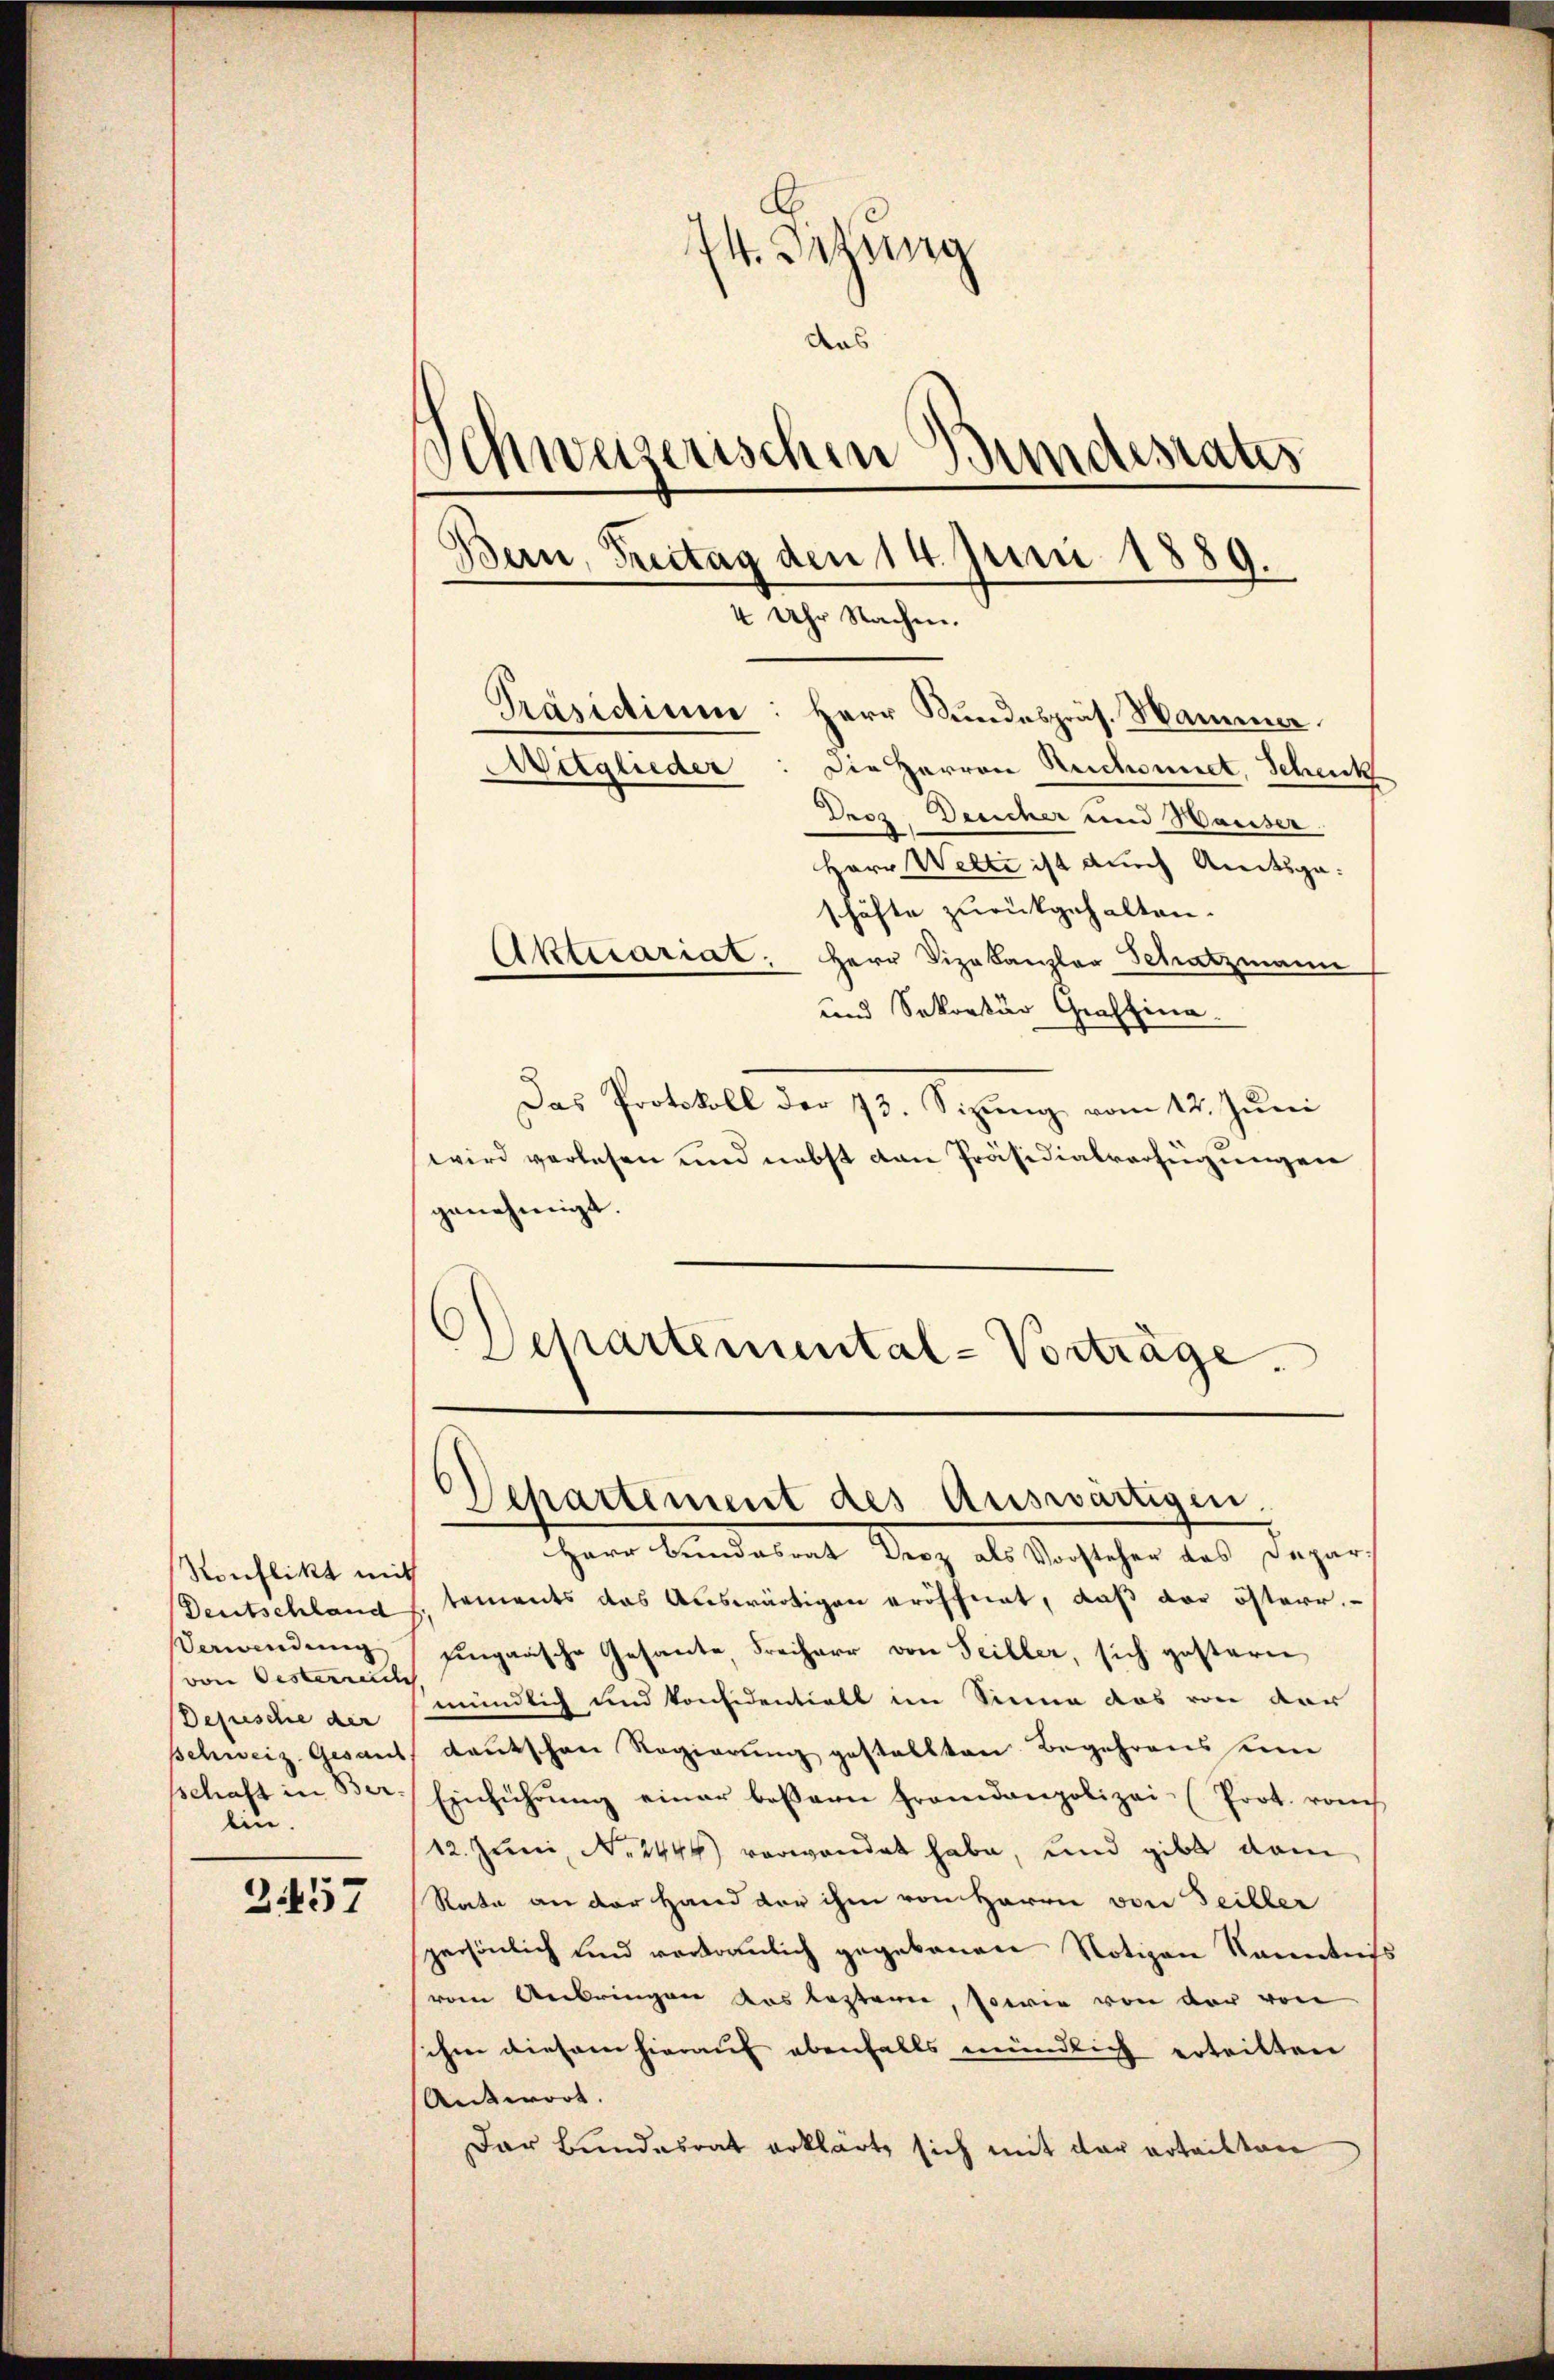
Ronflikt mit
Verwendung
von Oesterrente
Depeschie der
ein.

3457

44. Sitzung
das
Schweizerischen Bundesrates
Bern, Freitag den 14. Juni 1889.
4 Uhr Nachen.

Mitglieder

Präsidium: Herr Kundespräs. Hammer
Die Herren Reichennet, Schenk
Droz. Deucher und Hauser.
Herr Welti ist durch Amtsge-
schäfte zurückgehalten.
Aktuariat. Herr Vizekanzler Schatzmann
und Sokorter Graffina.
2
Das Protokoll der 73. Sizung vom 12. Juni
wird verlesen und nebst dan Präsidialverfügungen
genehmigt.
)
Schartemental-Vorträge.

Departement des Auswärtigen.

HHerr Bundetent Kunz als Sachsteher das Depar
Deutschland h. tements das Auswärtigen eröffnet, daß der österr.
Eingaasche Gesante, Freiherr von Seiller, sich gestern
mündlich und konfidentiell im Sinne das von der
Schweiz. Gesant, deutschen Regierung gestellten Begehrens eine
schaft in Ber- Einführŭng einer bessern Frandanpolizei- (Prot. vom
12. Juni, No. 2446) verwendet habe, und gibt dem
Rata an der Hand der ihm von Herrn von Teiller
persönlich und vertraulich gegebenen Notizen Kenntniss
vom Anbringen das leztern, sowie von der von
ihm diesem hierauf ebenfalls mündlich erteilten
Antwort.
Dar Bundesrat erklärt sich mit der erteilten